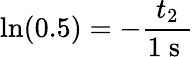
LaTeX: \ln(0.5)=-\frac{t_{2}}{1\mathrm{~s~}}